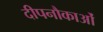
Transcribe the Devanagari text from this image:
दीपनौकाओं